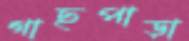
গাছপাড়া